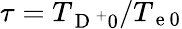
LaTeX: \tau=T_{\mathrm{~D~}^{+}0}/T_{\mathrm{~e~}0}